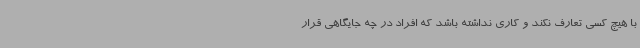
با هیچ کسی تعارف نکند و کاری نداشته باشد که افراد در چه جایگاهی قرار